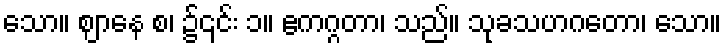
သော။ ဈာနေ စ၊ ၌၎င်း ၁။ ဧကဂ္ဂတာ၊ သည်။ သုခသဟဂတော၊ သော။